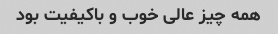
همه چیز عالی خوب و باکیفیت بود